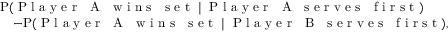
\begin{array} { r l } & { \mathrm { P } ( \mathrm { \textnormal { P l a y e r ~ A ~ w i n s ~ s e t } } \mid \mathrm { \textnormal { P l a y e r ~ A ~ s e r v e s ~ f i r s t } } ) } \\ & { \quad - \mathrm { P } ( \mathrm { \textnormal { P l a y e r ~ A ~ w i n s ~ s e t } } \mid \mathrm { \textnormal { P l a y e r ~ B ~ s e r v e s ~ f i r s t } } ) , } \end{array}